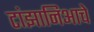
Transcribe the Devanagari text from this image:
टांझानिआचे